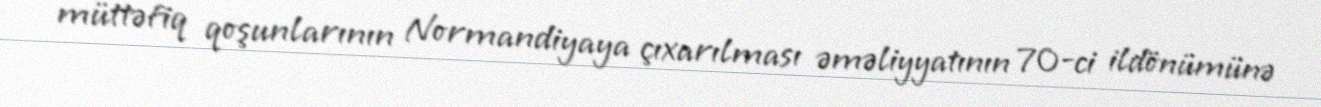
müttəfiq qoşunlarının Normandiyaya çıxarılması əməliyyatının 70-ci ildönümünə